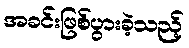
အခင်းဖြစ်ပွားခဲ့သည့်